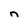
Character: n